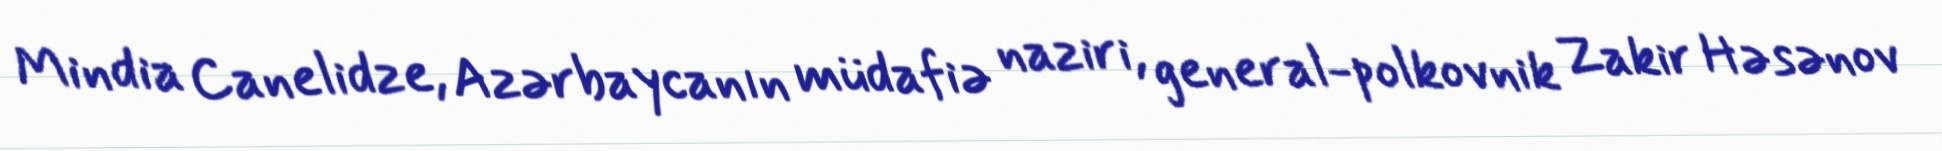
Mindia Canelidze, Azərbaycanın müdafiə naziri, general-polkovnik Zakir Həsənov